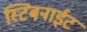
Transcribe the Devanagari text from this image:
स्टिबनाईट